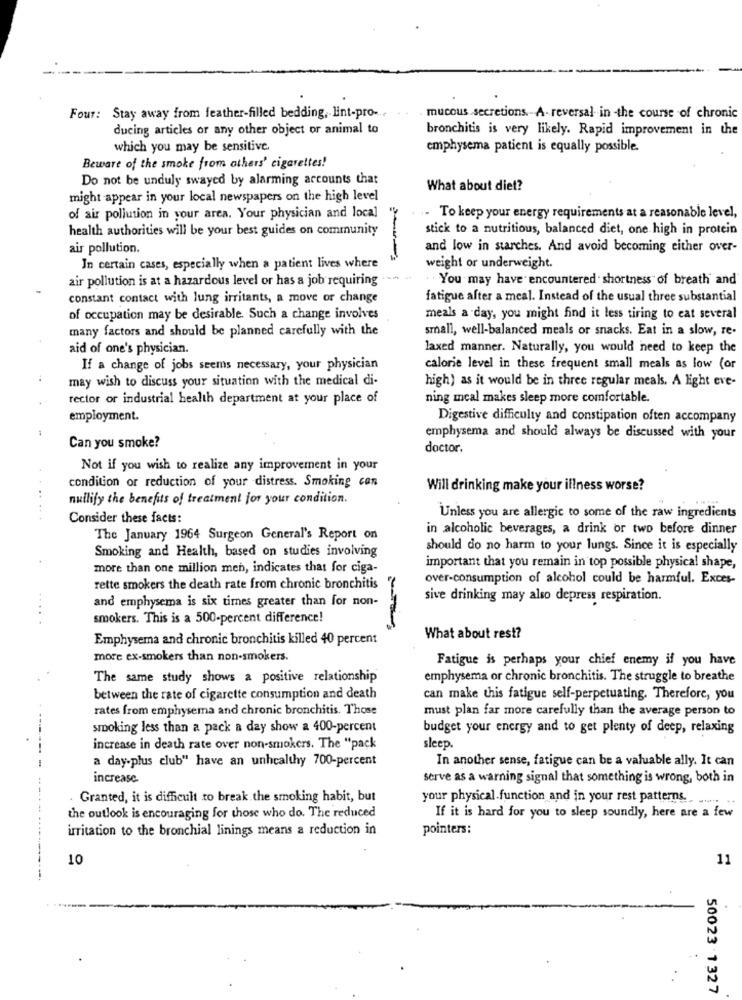
Four: Stay away from feather-filled bedding, Hint-pro-
mucous secretions. A. reversal in the course of chronic
ducing articles or any other object or animal to
bronchitis is very likely. Rapid improvement in the
which you may be sensitive.
emphysema patient is equally possible.
Beware of the smoke from others' cigarettes!
Do not be unduly swayed by alarming accounts that
What about diet?
might appear in your local newspapers on the high level
of air pollution in your area. Your physician and local
- To keep your energy requirements at a reasonable level,
health authorities will be your best guides on community
stick to a nutritious, balanced diet, one high in protein
air pollution.
and low in starches. And avoid becoming either over-
In certain cases, especially when a patient lives where
weight or underweight.
You may have encountered shortness of breath and
air pollution is at a hazardous level or has a job requiring
constant contact with lung irritants, a move or change
fatigue after a meal. Instead of the usual three substantial
of occupation may be desirable. Such a change involves
meals a day, you might find it less tiring to eat several
many factors and should be planned carefully with the
small, well-balanced meals or snacks. Eat in a slow, re-
aid of one's physician.
laxed manner. Naturally, you would need to keep the
If a change of jobs seems necessary, your physician
calorie level in these frequent small meals as low (or
may wish to discuss your situation with the medical di-
high) as it would be in three regular meals. A light eve-
rector or industrial health department at your place of
ning mcal makes sleep more comfortable.
employment.
Digestive difficulty and constipation often accompany
emphysema and should always be discussed with your
Can you smoke?
doctor.
Not if you wish to realize any improvement in your
condition or reduction of your distress. Smoking can
Will drinking make your illness worse?
nullify the benefits of treatment jor your condition.
.. .. .
Consider these facts:
Unless you are allergic to some of the raw ingredients
in alcoholic beverages, a drink or two before dinner
The January 1964 Surgeon General's Report on
Smoking and Health, based on studies involving
should do no harm to your lungs. Since it is especially
more than one million men, indicates that for ciga-
important that you remain in top possible physical shape,
over-consumption of alcohol could be harmful. Exces-
rette smokers the death rate from chronic bronchitis
and emphysema is six times greater than for non-
sive drinking may also depress respiration.
smokers. This is a 500-percent difference!
Emphysema and chronic bronchitis killed 40 percent
What about rest?
more ex-smokers than non-smokers.
Fatigue is perhaps your chief enemy if you have
The same study shows a positive relationship
emphysema or chronic bronchitis. The struggle to breathe
between the rate of cigarette consumption and death
can make this fatigue self-perpetuating. Therefore, you
rates from emphysema and chronic bronchitis. Those
must plan far more carefully than the average person to
smoking less than a pack a day show a 400-percent
budget your energy and to get plenty of deep, relaxing
increase in death rate over non-smokers. The "pack
sleep.
a day-plus club" have an unhealthy 700-percent
In another sense, fatigue can be a valuable ally. It can
increase
serve as a warning signal that something is wrong, both in
-- - --
Granted, it is difficult to break the smoking habit, but
your physical function and in your rest patterns.
-
the outlook is encouraging for those who do. The reduced
If it is hard for you to sleep soundly, here are a few
irritation to the bronchial linings means a reduction in
pointers:
--
10
11
-
50023 1327